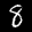
Label: 8